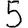
Digit: 5